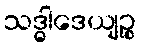
သဒ္ဓါဒေယျဉ္စ